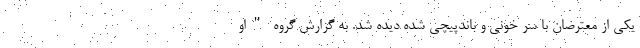
یکی از معترضان با سر خونی و باندپیچی شده دیده شد. به گزارش گروه "او